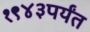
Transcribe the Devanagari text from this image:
१९४३पर्यंत